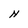
Character: N